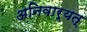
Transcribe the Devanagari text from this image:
अनिवार्यत्